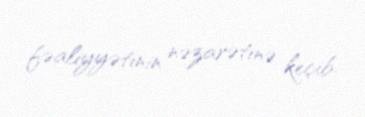
fəaliyyətinin nəzarətinə keçib.